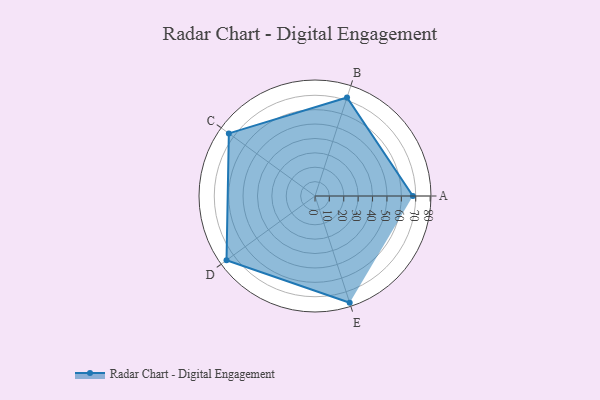
{"axis": {"x": "Skill", "y": "Score"}, "legend": ["Profile"], "data": [{"x": "A", "y": 68.0, "type": "Profile"}, {"x": "B", "y": 72.0, "type": "Profile"}, {"x": "C", "y": 74.0, "type": "Profile"}, {"x": "D", "y": 76.0, "type": "Profile"}, {"x": "E", "y": 78.0, "type": "Profile"}]}